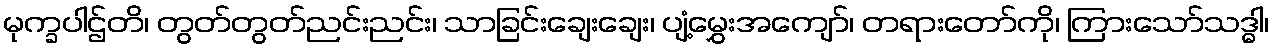
မုက္ခပါဌ်တိ၊ တွတ်တွတ်ညင်းညင်း၊ သာခြင်းချေးချေး၊ ပျံ့မွှေးအကျော်၊ တရားတော်ကို၊ ကြားသော်သဒ္ဓါ၊